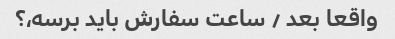
واقعا بعد ٫ ساعت سفارش باید برسه،؟